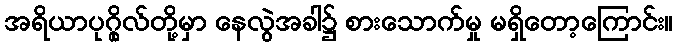
အရိယာပုဂ္ဂိုလ်တို့မှာ နေလွဲအခါ၌ စားသောက်မှု မရှိတော့ကြောင်း။